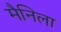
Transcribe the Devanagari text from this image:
मैनिला